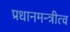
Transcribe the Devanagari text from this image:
प्रधानमन्त्रीत्व